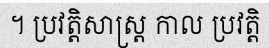
។ ប្រវត្តិសាស្ត្រ កាល ប្រវត្តិ